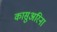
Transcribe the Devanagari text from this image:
कासुअरिना